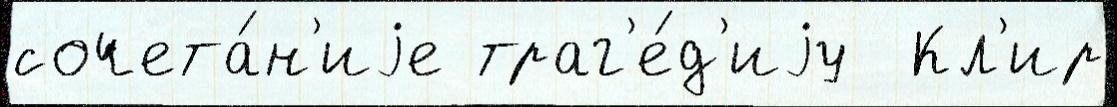
сочета́н'иjе траг'е́д'иjу  Кл'ир